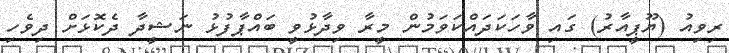
ރިވިއު (ޔޫޕީއާރު) ގައި ވާހަކަދައްކަވަމުން މީރާ ވިދާޅުވީ ބައްޕާފުޅު ނަޝީދާ ދެކޮޅަށް ދިވެހި